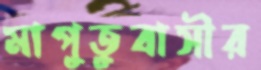
মাপুতুবাসীর